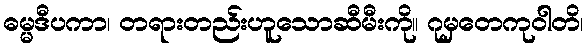
ဓမ္မဒီပကာ၊ တရားတည်းဟူသောဆီမီးကို။ ဂုမှတေကုဝါတိ၊